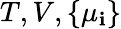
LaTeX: T,V,\{ \mu_{\mathbf{i}}\}